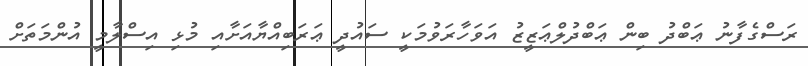
ރަސްގެފާނު ޢަބްދު ބިން ޢަބްދުލްޢަޒީޒު އަވަހާރަވުމަކީ ސައުދީ ޢަރަބިއްޔާއަށާއި މުޅި އިސްލާމީ އުންމަތަށް